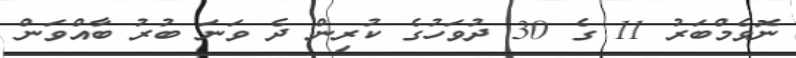
ނޮވެމްބަރު 11 ގެ 30 ދުވަހުގެ ކުރިން ދެ ވަނަ ބުރު ބާއްވަން